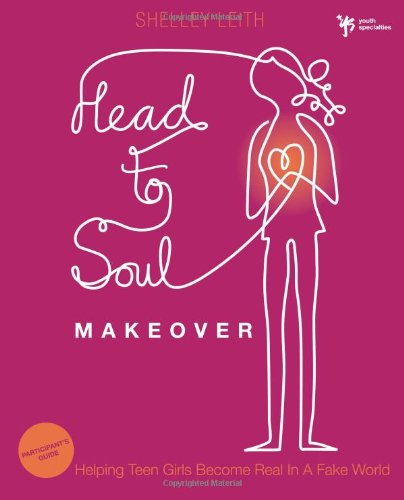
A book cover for Head-to-Soul Makeover Participant's Guide: Helping Teen Girls Become Real in a Fake World (Youth Specialties); Shelley Leith; Christian Books & Bibles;